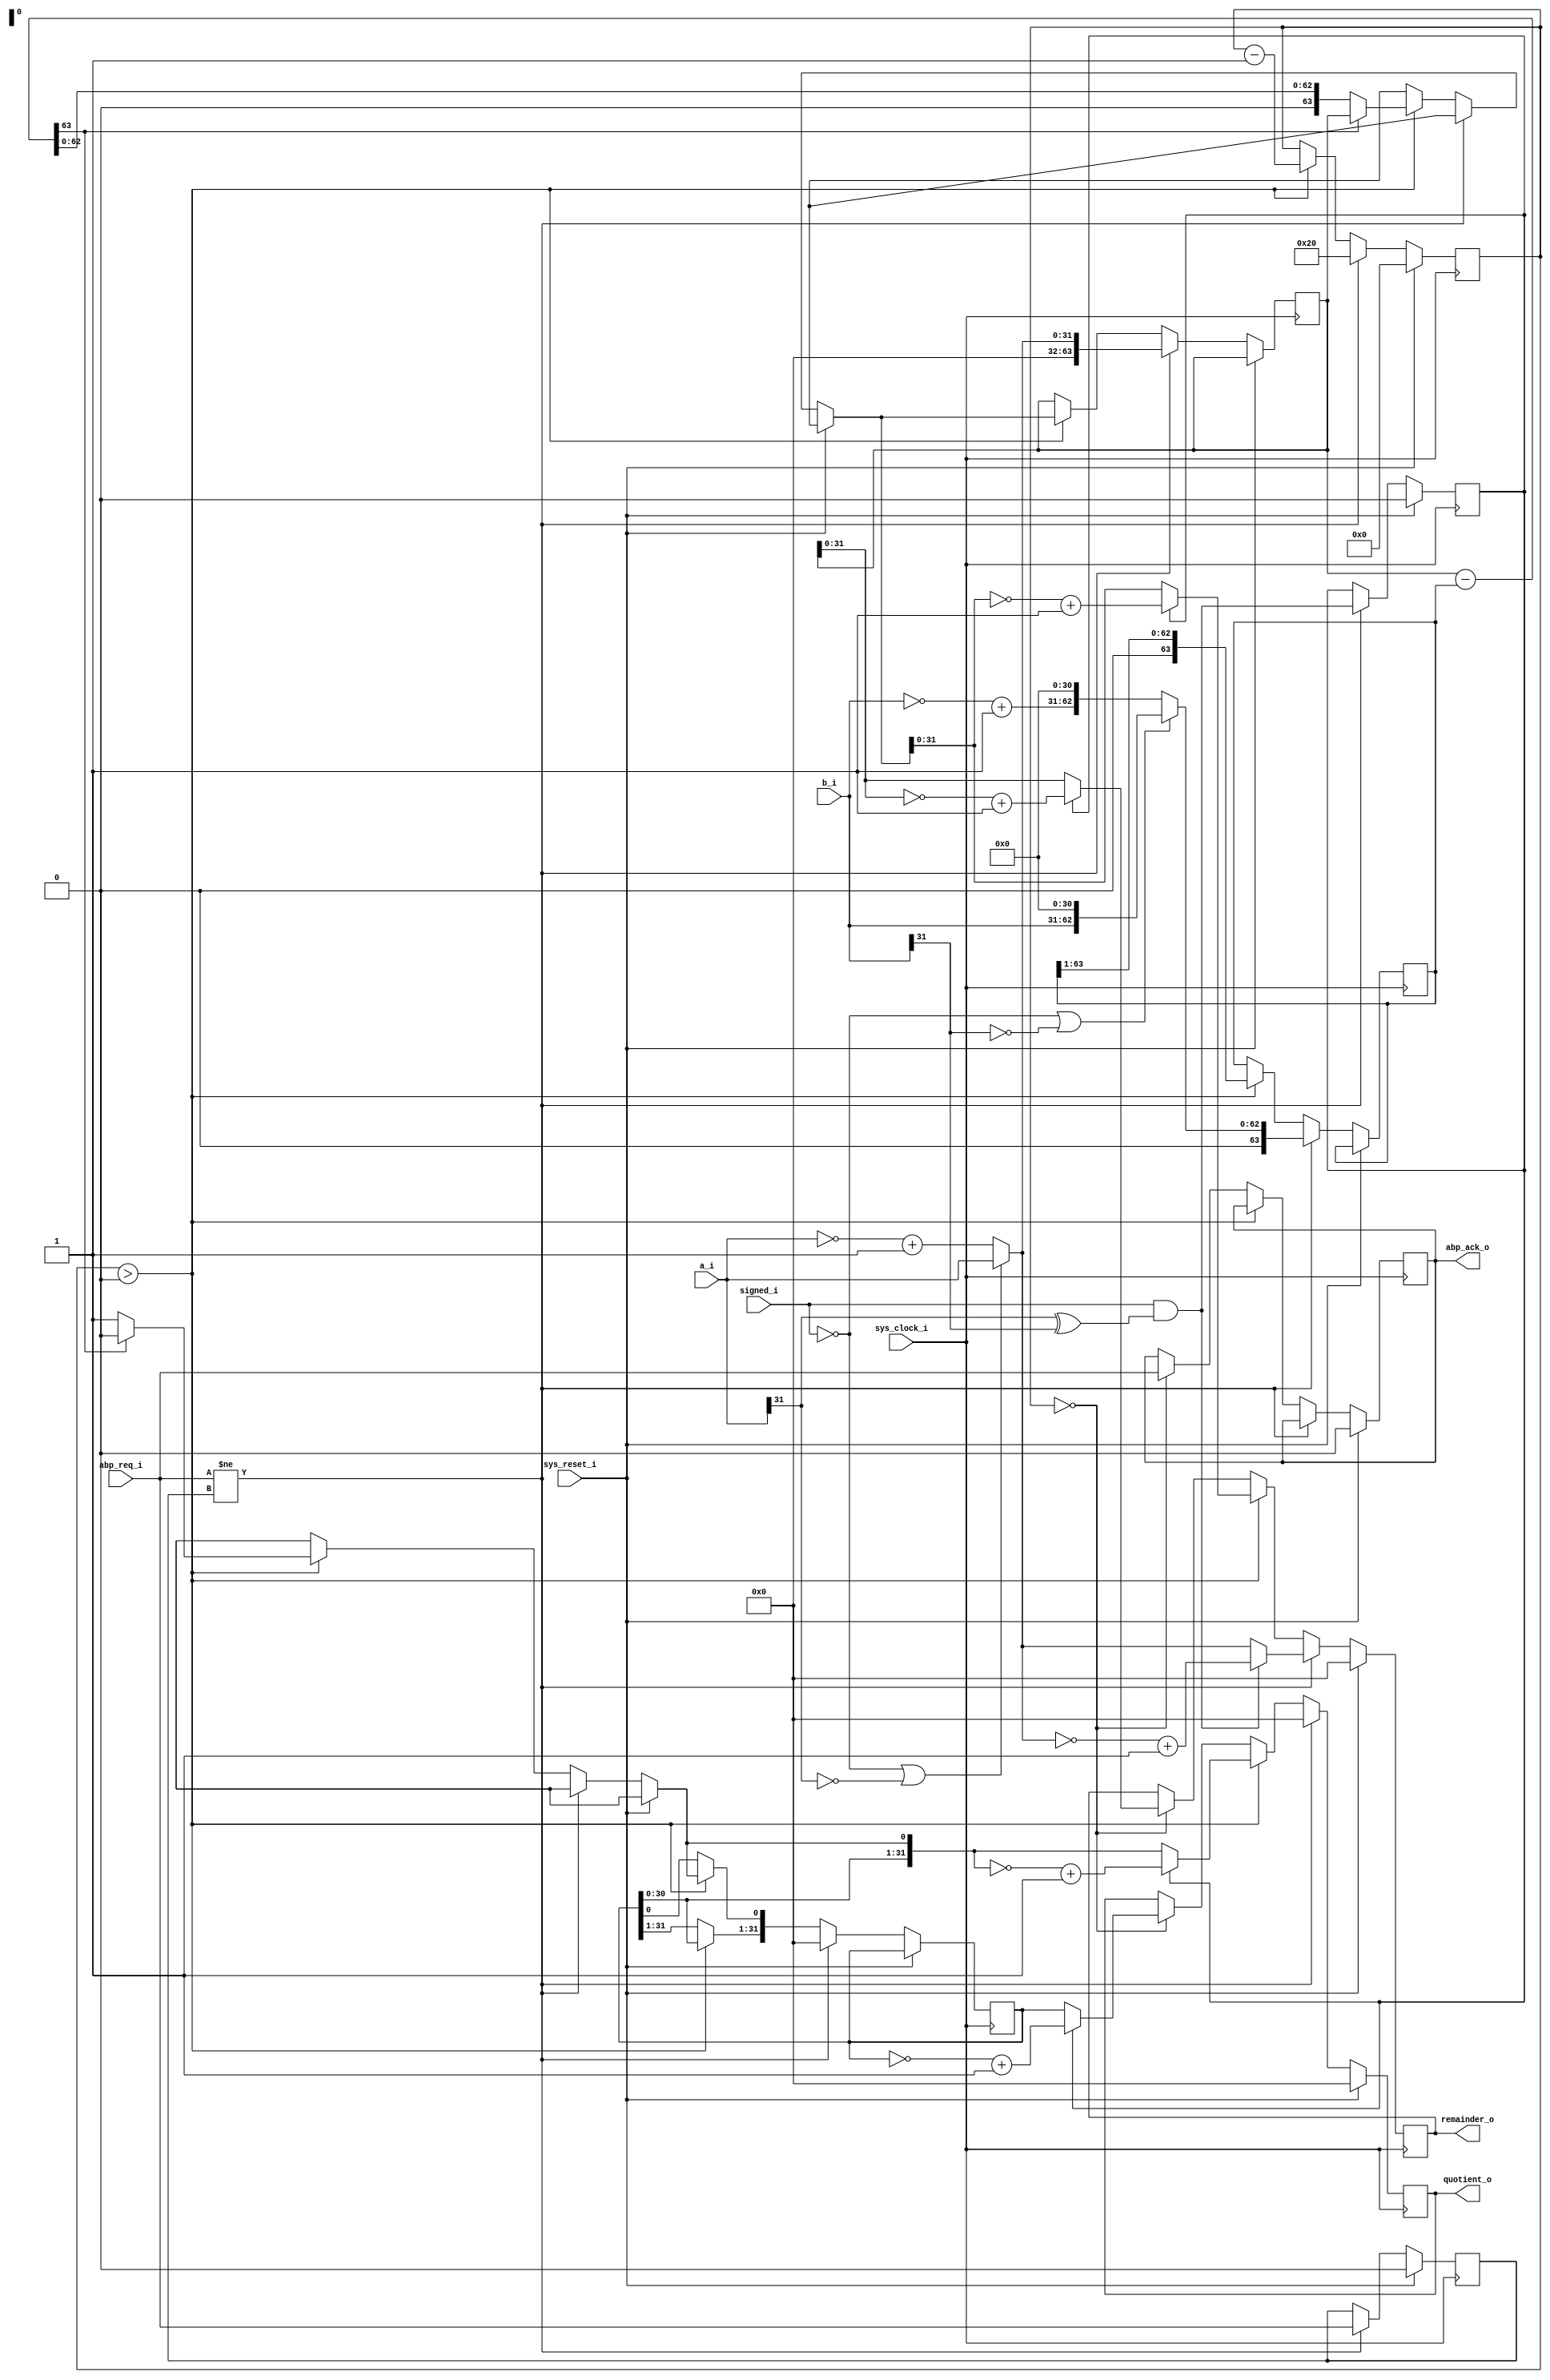
/*
 * Simply RISC M1 Divider
 *
 * Simple RTL-level divider with Alternating Bit Protocol (ABP) interface.
 */

// 32-bit / 32-bit Integer Divider (this version is not optimized and always takes 32 cycles)
module m1_div(
    input            sys_reset_i,      // System Reset
    input            sys_clock_i,      // System Clock
    input[31:0]      a_i,              // Operand A
    input[31:0]      b_i,              // Operand B
    input            signed_i,         // If division is signed
    output reg[31:0] quotient_o,       // Quotient of division
    output reg[31:0] remainder_o,      // Remainder of division
    input            abp_req_i,        // ABP Request
    output reg       abp_ack_o         // ABP Acknowledgement
  );

  // Registers
  reg[63:0]    a_latched;        // Latched 'a' input
  reg[63:0]    b_latched;        // Latched 'b' input
  reg[31:0]    quotient_tmp;     // Temporary result
  reg[31:0]    remainder_tmp;    // Temporary result
  reg          negative_output;  // If output is negative
  reg[5:0]     count;            // Downward counter (32->0)
  reg          abp_last;         // Level of last ABP request
  reg[63:0]    diff;             // Difference

  // Sequential logic
  always @(posedge sys_clock_i) begin

    // Initialization
    if(sys_reset_i) begin

      quotient_o = 0;
      remainder_o = 0;
      abp_ack_o = 0;
      negative_output = 0;
      count = 6'd0;
      abp_last = 0;

    // New request
    end else if(abp_req_i!=abp_last) begin

      abp_last = abp_req_i;     // Latch level of ABP request
      count  = 6'd32;           // Start counter
      quotient_tmp = 0;         // Initialize result
      remainder_tmp = 0;        // Initialize result
      a_latched = (!signed_i || !a_i[31]) ? { 32'd0, a_i } : { 32'd0, (~a_i + 1'b1) };
      b_latched = (!signed_i || !b_i[31]) ? { 1'b0, b_i, 31'd0 } : { 1'b0, ~b_i + 1'b1, 31'd0 };
      negative_output = signed_i && (a_i[31] ^ b_i[31]);
      quotient_o = (!negative_output) ? quotient_tmp : (~quotient_tmp+1);  // Debugging only
      remainder_o = (!negative_output) ? a_latched[31:0] : (~a_latched[31:0]+1);  // Debugging only
        
    // Calculating
    end else if(count>0) begin

      count = count-1;
      diff = a_latched-b_latched;
      quotient_tmp = quotient_tmp << 1;
      if(!diff[63]) begin
        a_latched = diff;
        quotient_tmp[0] = 1;
      end
      b_latched = b_latched >> 1;
      quotient_o = (!negative_output) ? quotient_tmp : (~quotient_tmp+1);  // Debugging only
      remainder_o = (!negative_output) ? a_latched[31:0] : (~a_latched[31:0]+1);  // Debugging only

    // Return the result
    end else if(count==0) begin

      abp_ack_o = abp_req_i;    // Return the result
      quotient_o = (!negative_output) ? quotient_tmp : (~quotient_tmp+1);
      remainder_o = (!negative_output) ? a_latched[31:0] : (~a_latched[31:0]+1);

    end

  end

endmodule